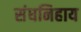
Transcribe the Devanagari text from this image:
संघनिहाय